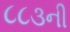
૮૮૩ની